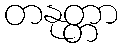
တနုတ္တာ